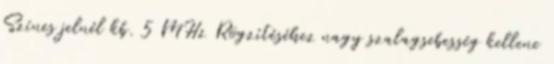
Színes jelnél kb. 5 MHz Rögzítéséhez nagy szalagsebesség kellene